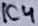
Text: IC4